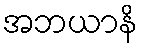
အဘယာနိ